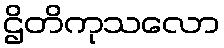
ဌိတိကုသလော